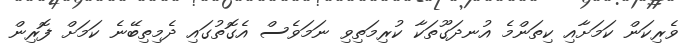
ވެރިކަން ކަމަށާއި ކިތަންމެ އުނދަގޫތަކާ ކުރިމަތިވި ނަމަވެސް އެގޮތުގައި ދެމިތިބޭނެ ކަމަށް ފޮރިން